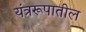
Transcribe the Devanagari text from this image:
यंत्ररूपातील